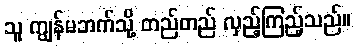
သူ ကျွန်မဘက်သို့ တည်တည် လှည့်ကြည့်သည်။